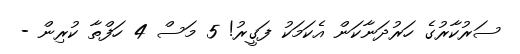
ސަރުކާރުގެ ހަރުދަނާކަން އެކަމަކު ފަގީރު! 5 މަސް 4 ހަފްތާ ކުރިން -